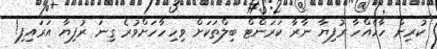
ކުރިން ހާހެއްހާ ރުފިޔާ ނާރާ ކަރަންޓް ބިލްތަކަށް ވިހިހާހަށްވުރެ ގިނަ ރުފިޔާ އަރައިފި!